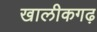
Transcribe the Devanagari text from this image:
खालीकगढ़